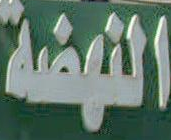
النهضة